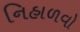
નિહાળવો